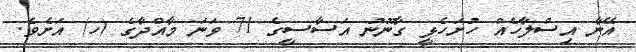
އޭނާ އިސްލާހެއް ހުށަހެޅީ ގާނޫނު އަސާސީގެ 71 ވަނަ މާއްދާގެ (ހ) އަށެވެ.